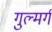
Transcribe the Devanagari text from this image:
गुल्मर्ग